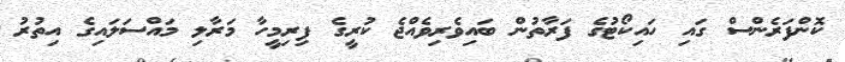
ކޮންފަރެންސް ގައި ހައިކޯޓުގެ ފަރާތުން ބައިވެރިވެއްޖެ ކުރީގެ ފިރިމީހާ މަރާލި މައްސަލައިގެ އިތުރު